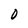
Character: 0